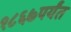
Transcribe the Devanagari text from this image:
१८६७पर्यंत